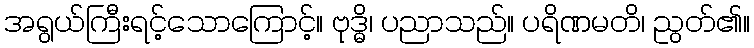
အရွယ်ကြီးရင့်သောကြောင့်။ ဗုဒ္ဓိ၊ ပညာသည်။ ပရိဏမတိ၊ ညွတ်၏။